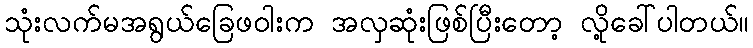
သုံးလက်မအရွယ်ခြေဖဝါးက အလှဆုံးဖြစ်ပြီးတော့ လို့ခေါ်ပါတယ်။